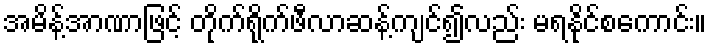
အမိန့်အာဏာဖြင့် တိုက်ရိုက်ဖီလာဆန့်ကျင်၍လည်း မရနိုင်စကောင်း။